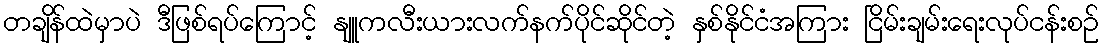
တချိန်ထဲမှာပဲ ဒီဖြစ်ရပ်ကြောင့် နျူကလီးယားလက်နက်ပိုင်ဆိုင်တဲ့ နှစ်နိုင်ငံအကြား ငြိမ်းချမ်းရေးလုပ်ငန်းစဉ်